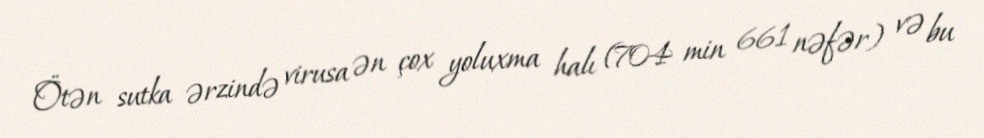
Ötən sutka ərzində virusa ən çox yoluxma halı (704 min 661 nəfər) və bu